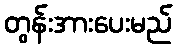
တွန်းအားပေးမည်